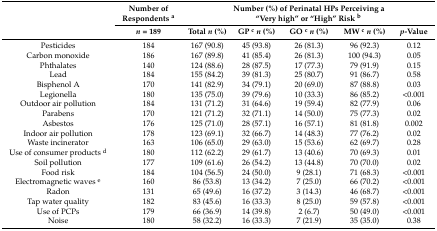
<table><thead><tr><td rowspan="2"></td><td><b>Number of Respondents <sup>a</sup></b></td><td colspan="5"><b>Number (%) of Perinatal HPs Perceiving a “Very high” or “High” Risk <sup>b</sup></b></td></tr><tr><td><b><i>n</i> = 189</b></td><td><b>Total <i>n</i> (%)</b></td><td><b>GP <sup>c</sup><i>n</i> (%)</b></td><td><b>GO <sup>c</sup><i>n</i> (%)</b></td><td><b>MW <sup>c</sup><i>n</i> (%)</b></td><td><b><i>p</i>-Value</b></td></tr></thead><tbody><tr><td>Pesticides</td><td>184</td><td>167 (90.8)</td><td>45 (93.8)</td><td>26 (81.3)</td><td>96 (92.3)</td><td>0.12</td></tr><tr><td>Carbon monoxide</td><td>186</td><td>167 (89.8)</td><td>41 (85.4)</td><td>26 (81.3)</td><td>100 (94.3)</td><td>0.05</td></tr><tr><td>Phthalates</td><td>140</td><td>124 (88.6)</td><td>28 (87.5)</td><td>17 (77.3)</td><td>79 (91.9)</td><td>0.15</td></tr><tr><td>Lead</td><td>184</td><td>155 (84.2)</td><td>39 (81.3)</td><td>25 (80.7)</td><td>91 (86.7)</td><td>0.58</td></tr><tr><td>Bisphenol A</td><td>170</td><td>141 (82.9)</td><td>34 (79.1)</td><td>20 (69.0)</td><td>87 (88.8)</td><td>0.03</td></tr><tr><td>Legionella</td><td>180</td><td>135 (75.0)</td><td>39 (79.6)</td><td>10 (33.3)</td><td>86 (85.2)</td><td>&lt;0.001</td></tr><tr><td>Outdoor air pollution</td><td>184</td><td>131 (71.2)</td><td>31 (64.6)</td><td>19 (59.4)</td><td>82 (77.9)</td><td>0.06</td></tr><tr><td>Parabens</td><td>170</td><td>121 (71.2)</td><td>32 (71.1)</td><td>14 (50.0)</td><td>75 (77.3)</td><td>0.02</td></tr><tr><td>Asbestos</td><td>176</td><td>125 (71.0)</td><td>28 (57.1)</td><td>16 (57.1)</td><td>81 (81.8)</td><td>0.002</td></tr><tr><td>Indoor air pollution</td><td>178</td><td>123 (69.1)</td><td>32 (66.7)</td><td>14 (48.3)</td><td>77 (76.2)</td><td>0.02</td></tr><tr><td>Waste incinerator</td><td>163</td><td>106 (65.0)</td><td>29 (63.0)</td><td>15 (53.6)</td><td>62 (69.7)</td><td>0.28</td></tr><tr><td>Use of consumer products <sup>d</sup></td><td>180</td><td>112 (62.2)</td><td>29 (61.7)</td><td>13 (40.6)</td><td>70 (69.3)</td><td>0.01</td></tr><tr><td>Soil pollution</td><td>177</td><td>109 (61.6)</td><td>26 (54.2)</td><td>13 (44.8)</td><td>70 (70.0)</td><td>0.02</td></tr><tr><td>Food risk</td><td>184</td><td>104 (56.5)</td><td>24 (50.0)</td><td>9 (28.1)</td><td>71 (68.3)</td><td>&lt;0.001</td></tr><tr><td>Electromagnetic waves <sup>e</sup></td><td>160</td><td>86 (53.8)</td><td>13 (34.2)</td><td>7 (25.0)</td><td>66 (70.2)</td><td>&lt;0.001</td></tr><tr><td>Radon</td><td>131</td><td>65 (49.6)</td><td>16 (37.2)</td><td>3 (14.3)</td><td>46 (68.7)</td><td>&lt;0.001</td></tr><tr><td>Tap water quality</td><td>182</td><td>83 (45.6)</td><td>16 (33.3)</td><td>8 (25.0)</td><td>59 (57.8)</td><td>&lt;0.001</td></tr><tr><td>Use of PCPs</td><td>179</td><td>66 (36.9)</td><td>14 (39.8)</td><td>2 (6.7)</td><td>50 (49.0)</td><td>&lt;0.001</td></tr><tr><td>Noise</td><td>180</td><td>58 (32.2)</td><td>16 (33.3)</td><td>7 (21.9)</td><td>35 (35.0)</td><td>0.38</td></tr></tbody></table>